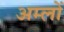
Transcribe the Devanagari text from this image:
अम्‍लों